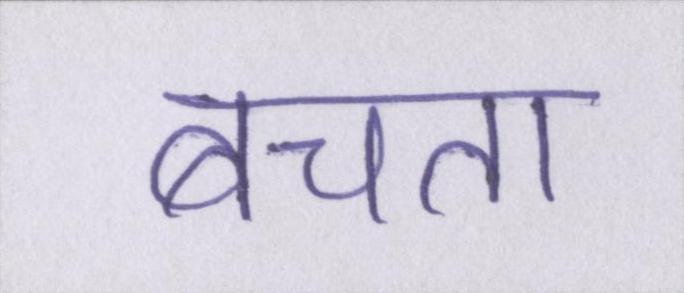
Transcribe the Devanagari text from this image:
बचता